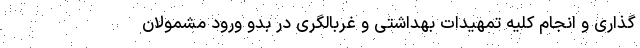
گذاری و انجام کلیه تمهیدات بهداشتی و غربالگری در بدو ورود مشمولان